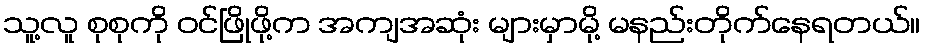
သူ့လူ စုစုကို ဝင်ဖြိုဖို့က အကျအဆုံး များမှာမို့ မနည်းတိုက်နေရတယ်။